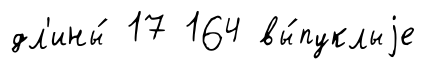
дл'ины́ 17 164 вы́пуклыjе